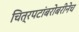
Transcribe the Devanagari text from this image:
चित्रपटांबरोबरीनेच